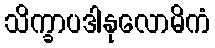
သိက္ခာပဒါနုလောမိကံ